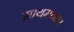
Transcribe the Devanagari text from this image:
साथमनाए